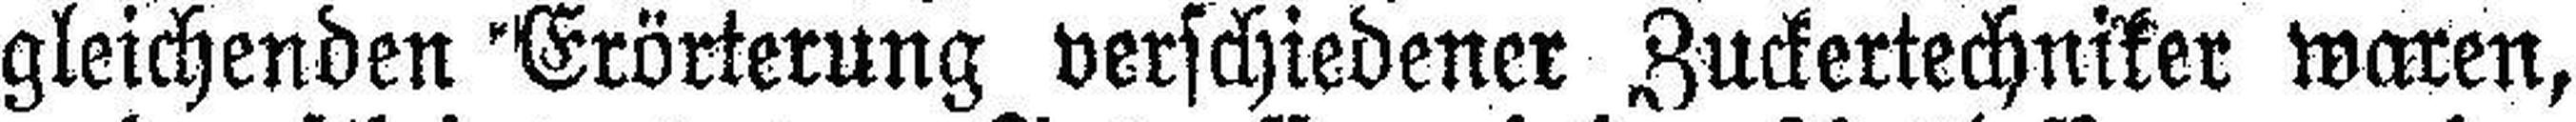
gleichenden Erörterung verschiedener Zuckertechniker waren,